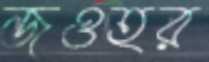
জওহর